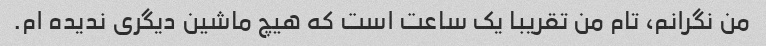
من نگرانم، تام من تقریبا یک ساعت است که هیچ ماشین دیگری ندیده ام.